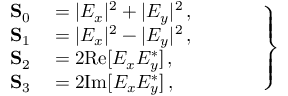
\left. \begin{array} { r l } { \mathbf { S } _ { 0 } } & { { } = | E _ { x } | ^ { 2 } + | E _ { y } | ^ { 2 } \, , \phantom { Z Z Z Z } } \\ { \mathbf { S } _ { 1 } } & { { } = | E _ { x } | ^ { 2 } - | E _ { y } | ^ { 2 } \, , } \\ { \mathbf { S } _ { 2 } } & { { } = 2 \mathrm { R e } [ E _ { x } E _ { y } ^ { \ast } ] \, , } \\ { \mathbf { S } _ { 3 } } & { { } = 2 \mathrm { I m } [ E _ { x } E _ { y } ^ { \ast } ] \, , } \end{array} \right\}